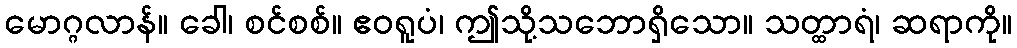
မောဂ္ဂလာန်။ ခေါ၊ စင်စစ်။ ဧဝရူပံ၊ ဤသို့သဘောရှိသော။ သတ္ထာရံ၊ ဆရာကို။